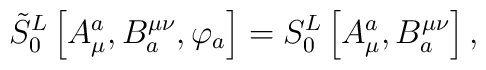
\tilde S_0^L\left[ A_\mu ^a,B_a^{\mu \nu },\varphi _a\right]=S_0^L\left[ A_\mu ^a,B_a^{\mu \nu }\right] ,